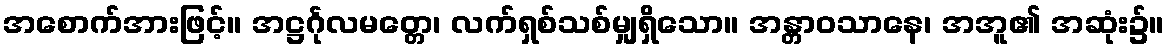
အစောက်အားဖြင့်။ အဋ္ဌင်္ဂုလမတ္တေ၊ လက်ရှစ်သစ်မျှရှိသော။ အန္တာဝသာနေ၊ အအူ၏ အဆုံး၌။